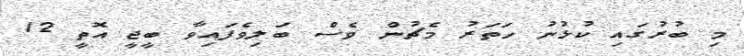
މި ބުރުގައި ކުޅުނު ހަތަރު މެޗުން ވެސް ބަލިވެފައިވާ ބީޖީ އޮތީ 12